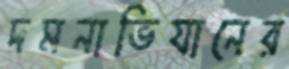
দমনাভিযানের